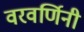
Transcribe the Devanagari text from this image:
वरवर्णिनी